65_HS1-834228961_62-HQ-83894_Section_2
Agency: FBI
Page 166
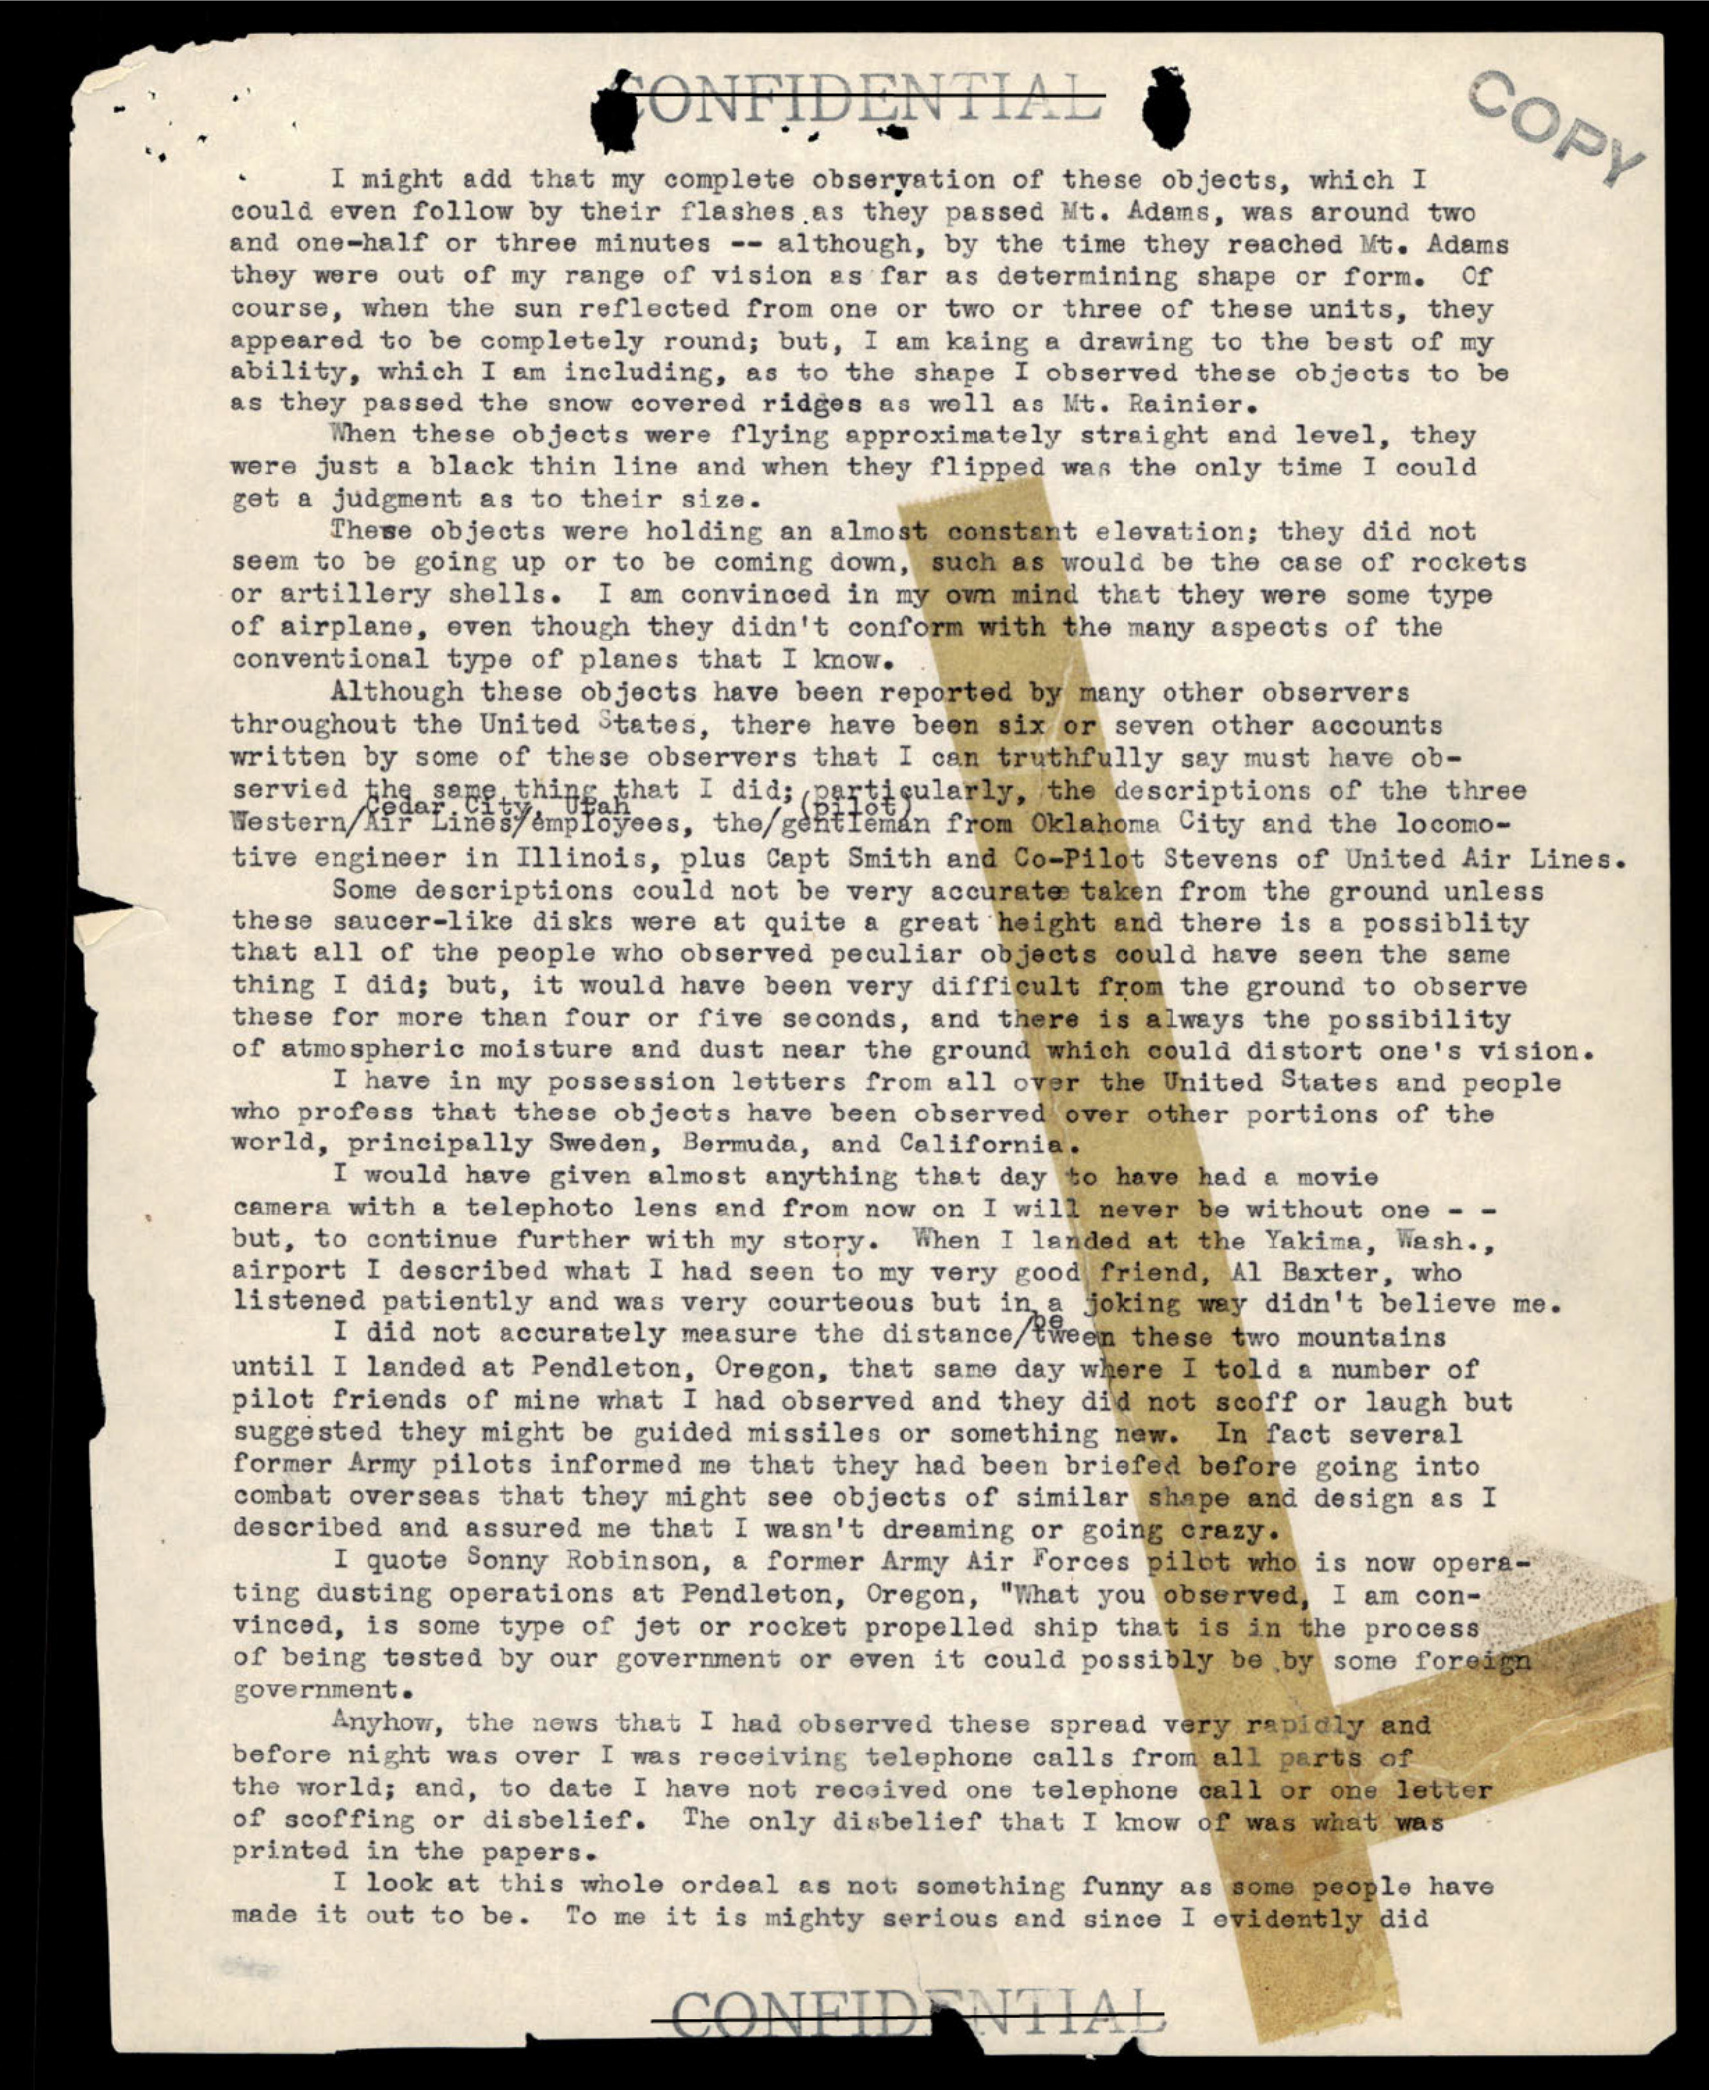